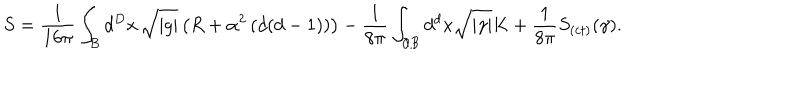
S = \frac { 1 } { 1 6 \pi } \int _ { B } d ^ { D } x \, \sqrt { | g | } \left( R + \alpha ^ { 2 } \left( d ( d - 1 ) \right) \right) - \frac { 1 } { 8 \pi } \int _ { \partial { B } } d ^ { d } x \sqrt { | \gamma | } K + \frac { 1 } { 8 \pi } S _ { ( c t ) } ( \gamma ) .